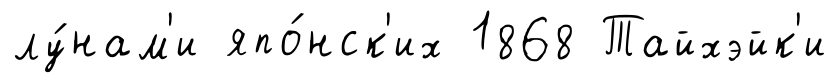
лу́нам'и япо́нск'их 1868 Тайхэйк'и